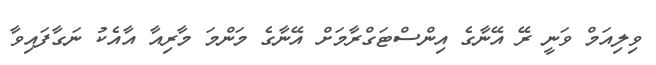
ވިލިއަމް ވަނީ ރޭ އޭނާގެ އިންސްޓަގްރާމަށް އޭނާގެ މަންމަ މާރިއާ އާއެކު ނަގާފައިވާ